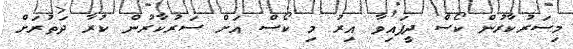
މިސަރުކާރުން ކޯސް ދީފައިވާ އިރު މި ކޯސް އަށް ސަރުކާރުން ކުރާ ދަތުރަށް